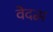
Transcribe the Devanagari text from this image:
वेदब्भ